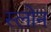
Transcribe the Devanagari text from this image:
स्‍लोन